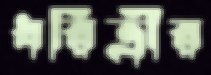
ধরিত্রীর